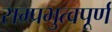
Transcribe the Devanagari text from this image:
सम्प्रभुत्वपूर्ण